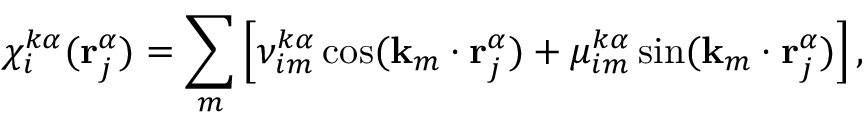
\chi _ { i } ^ { k \alpha } ( \mathbf { r } _ { j } ^ { \alpha } ) = \sum _ { m } \left[ \nu _ { i m } ^ { k \alpha } \cos ( \mathbf { k } _ { m } \cdot \mathbf { r } _ { j } ^ { \alpha } ) + \mu _ { i m } ^ { k \alpha } \sin ( \mathbf { k } _ { m } \cdot \mathbf { r } _ { j } ^ { \alpha } ) \right] ,